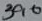
Text: 390